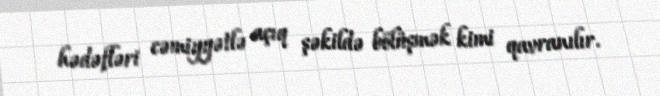
hədəfləri cəmiyyətlə açıq şəkildə bölüşmək kimi qavranılır.